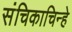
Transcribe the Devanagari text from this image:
संचिकाचिन्हे